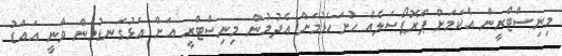
މިނިސްޓްރީން އެކަމަށް ޕްރޮޕޯސަލެއް ހުށަހެޅުމަށް އެދުމުން މިނިސްޓްރީ އަށް އަޅުގަނޑުމެން ވާނީ އައްޑު